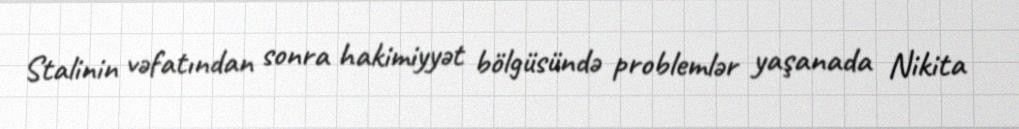
Stalinin vəfatından sonra hakimiyyət bölgüsündə problemlər yaşanada Nikita